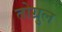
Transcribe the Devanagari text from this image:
तोग्रुल